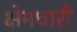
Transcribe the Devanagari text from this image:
क्षेमधारी